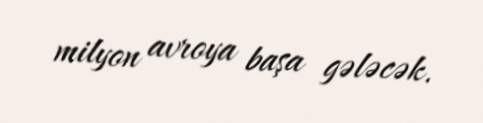
milyon avroya başa gələcək.